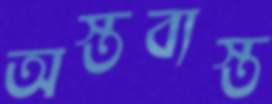
অস্তব্যস্ত